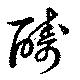
醻